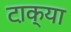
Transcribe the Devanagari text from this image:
टा़क्या